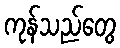
ကုန်သည်တွေ